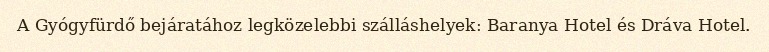
A Gyógyfürdő bejáratához legközelebbi szálláshelyek: Baranya Hotel és Dráva Hotel.